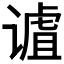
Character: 𫍹